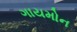
ગાયમોન